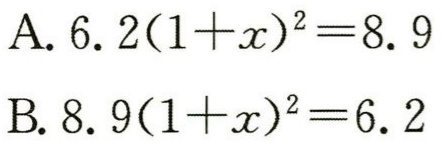
A. \(6.2(1 + x)^{2}=8.9\)

B. \(8.9(1 + x)^{2}=6.2\)